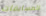
المسابقات